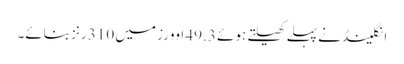
انگلینڈ نے پہلے کھیلتے ہوئے 49.3 اوورز میں 310 رنز بنائے۔